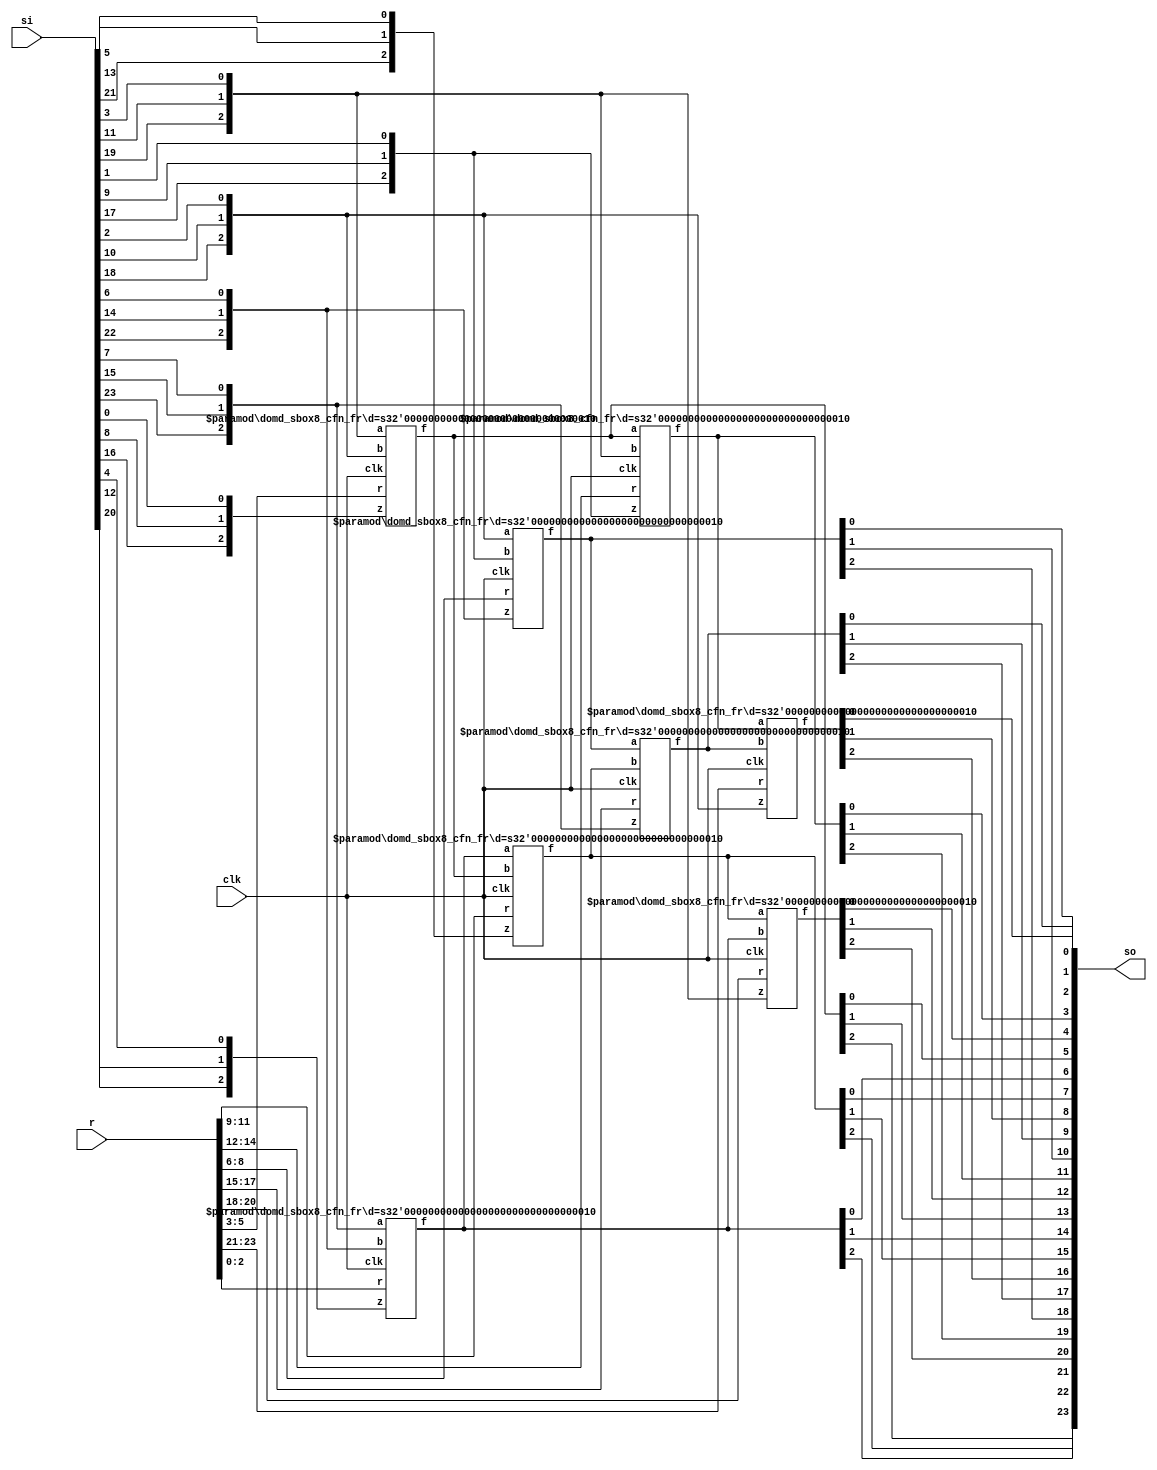
/*
 Designer: Mustafa Khairallah
 Nanyang Technological University
 Singapore
 Date: July, 2021
 */

// The d+1 share DOM-Indep multiplier based sbox8
// with registered shares. Generalization of
// skinny_sbox8_dom1_non_pipelined.v (see ../dom1/).
module skinny_sbox8_domd_non_pipelined (/*AUTOARG*/
                                        // Outputs
                                        so,
                                        // Inputs
                                        si, r, clk
                                        ) ;
   parameter d = 2;
   
   output [8*d+7:0] so;

   input [8*d+7:0]  si;
   input [8*d*(d+1)/2-1:0] r;
   input                   clk;

   wire [d:0]              bi [7:0];
   wire [d:0]              bo [7:0];
   wire [d:0]              a  [7:0];

   genvar                  i, j;

   generate
      for (i = 0; i < 8; i = i + 1) begin : pack_output
         for (j = 0; j < d+1; j = j + 1) begin : pack_internal 
            assign bi[i][j] = si[8*j+i];
         end
      end
   endgenerate

   domd_sbox8_cfn_fr #(d) b764 (a[0],bi[7],bi[6],bi[4],r[1*d*(d+1)/2-1:0*d*(d+1)/2],clk);
   domd_sbox8_cfn_fr #(d) b320 (a[1],bi[3],bi[2],bi[0],r[2*d*(d+1)/2-1:1*d*(d+1)/2],clk);
   domd_sbox8_cfn_fr #(d) b216 (a[2],bi[2],bi[1],bi[6],r[3*d*(d+1)/2-1:2*d*(d+1)/2],clk);
   domd_sbox8_cfn_fr #(d) b015 (a[3],a [0],a [1],bi[5],r[4*d*(d+1)/2-1:3*d*(d+1)/2],clk);
   domd_sbox8_cfn_fr #(d) b131 (a[4],a [1],bi[3],bi[1],r[5*d*(d+1)/2-1:4*d*(d+1)/2],clk);
   domd_sbox8_cfn_fr #(d) b237 (a[5],a [2],a [3],bi[7],r[6*d*(d+1)/2-1:5*d*(d+1)/2],clk);
   domd_sbox8_cfn_fr #(d) b303 (a[6],a [3],a [0],bi[3],r[7*d*(d+1)/2-1:6*d*(d+1)/2],clk);
   domd_sbox8_cfn_fr #(d) b422 (a[7],a [4],a [5],bi[2],r[8*d*(d+1)/2-1:7*d*(d+1)/2],clk);

   assign bo[6] = a[0];
   assign bo[5] = a[1];
   assign bo[2] = a[2];
   assign bo[7] = a[3];
   assign bo[3] = a[4];
   assign bo[1] = a[5];
   assign bo[4] = a[6];
   assign bo[0] = a[7];

   generate
      for (i = 0; i < 8; i = i + 1) begin : unpack_input
         for (j = 0; j < d+1; j = j + 1) begin : unpack_internal 
            assign so[8*j+i] = bo[i][j];
         end
      end
   endgenerate
   
endmodule // domd_sbox8


// The core registered function of the skinny sbox8.
// fr: fully registered, all and operations are
// registered.
// cfn: core function
// The core function is basically (x nor y) xor z
// We use de morgan's law to convert it to:
// ((~x) and (~y)) xor z and use the DOM-Indep
// multiplier for the and gate. We add the shares of
// z to the independent and gates and register the
// output of (a and b) xor c, while for the mixed
// shares we also use (a and b) xor c, but c is the
// fresh randomness.
// d is the protection order, where each value has
// (d+1) shares.
module domd_sbox8_cfn_fr (/*AUTOARG*/
                          // Outputs
                          f,
                          // Inputs
                          a, b, z, r, clk
                          ) ;
   parameter d = 1;
   
   output [d:0]          f;
   input [d:0]           a, b, z;
   input [d*(d+1)/2-1:0] r;   
   input                 clk;

   genvar                i,j;   

   reg [d:0]             g [d:0];
   wire [d:0]            x,y;

   assign x = {a[d:1],~a[0]};
   assign y = {b[d:1],~b[0]};

   generate
      for (i = 0; i <= d; i = i + 1) begin : nl_shares_matrix_out
         for (j = 0; j <= d; j = j + 1) begin : nl_shares_matrix_in
            always @ (posedge clk) begin
               if (i == j) begin
                  g[i][j] <= (x[i] & y[j]) ^ z[i];
               end
               else if (j > i) begin
                  g[i][j] <= (x[i] & y[j]) ^ r[i+j*(j-1)/2];
               end
               else begin
                  g[i][j] <= (x[i] & y[j]) ^ r[j+i*(i-1)/2];
               end
            end // always @ (posedge clk)
         end // for (j = 0; j <= d; j = j + 1)   
      end // for (i = 0; i <= d; i = i + 1)      
   endgenerate

   generate
      for (i = 0; i <= d; i = i + 1) begin : integration
         assign f[i] = ^g[i];    
      end
   endgenerate
   
endmodule // domd_sbox8_cfn_fr